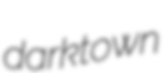
darktown